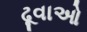
ઢૂવાઓ